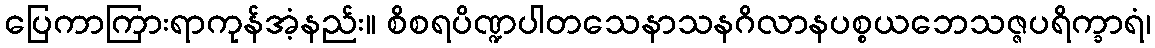
ပြေကာကြားရာကုန်အံ့နည်း။ စိစရပိဏ္ဍပါတသေနာသနဂိလာနပစ္စယဘေသဇ္ဇပရိက္ခာရံ၊